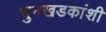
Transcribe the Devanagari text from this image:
चुनखडकांशी